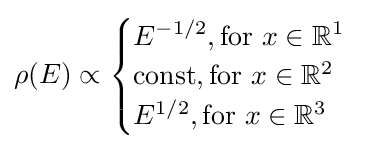
\rho (E)\propto {\begin{cases}E^{-1/2},{\text{for }}x\in \mathbb {R} ^{1}\\{\text{const}},{\text{for }}x\in \mathbb {R} ^{2}\\E^{1/2},{\text{for }}x\in \mathbb {R} ^{3}\\\end{cases}}